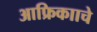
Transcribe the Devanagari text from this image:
आफ्रिकााचे